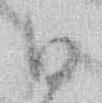
ひ